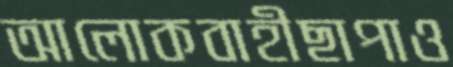
আলোকবাহীছাপাও